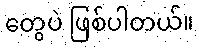
တွေပဲ ဖြစ်ပါတယ်။